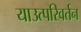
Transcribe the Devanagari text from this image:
याउत्परिवर्तन